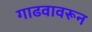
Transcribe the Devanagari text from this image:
गाढवावरून